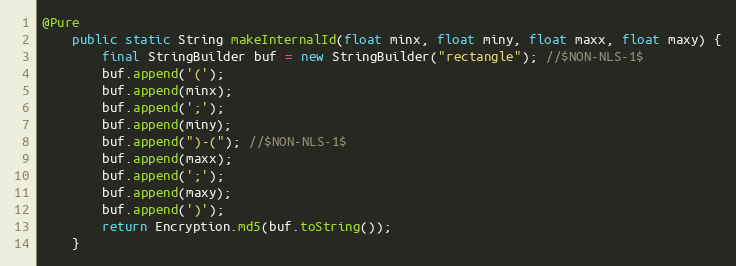
Language: Java
@Pure
	public static String makeInternalId(float minx, float miny, float maxx, float maxy) {
		final StringBuilder buf = new StringBuilder("rectangle"); //$NON-NLS-1$
		buf.append('(');
		buf.append(minx);
		buf.append(';');
		buf.append(miny);
		buf.append(")-("); //$NON-NLS-1$
		buf.append(maxx);
		buf.append(';');
		buf.append(maxy);
		buf.append(')');
		return Encryption.md5(buf.toString());
	}